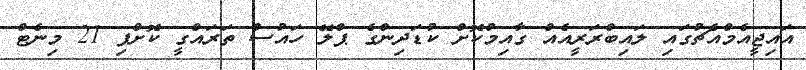
އައިޖީއެމްއެޗުގައި ލައިބްރަރީއެއް ގާއިމުކޮށް ކުޑަދިންގެ ޕްލޭ ހައުސް ތަރައްގީ ކޮށްފި 21 މިނެޓް